Leaving Certificate Examination, 1909
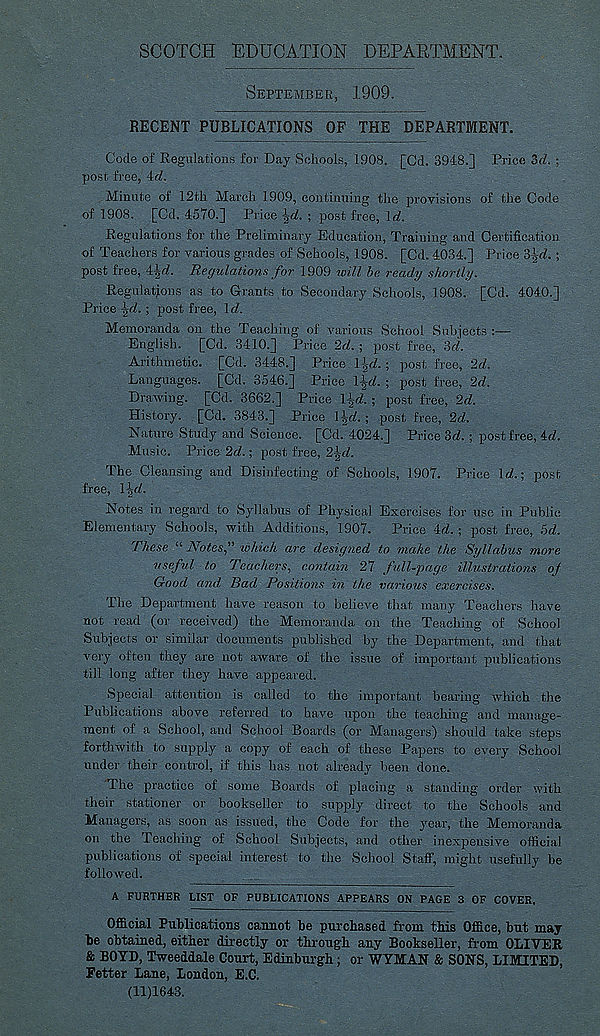
SCOTCH EDUCATION DEPARTMENT.
SEPTEMBER, 1909.
RECENT PUBLICATIONS OF THE DEPARTMENT.
Code of Regulations for Day Schools, 1908. [Cd. 3948.] Price Zd. j
post free, 4rf.
Minute of 12tb. March 1909, continuing the provisions of the Code
of 1908. [Cd. 4570.] Price \d. ; post free, \d.
Regulations for the Preliminary Education, Training and Certification
of Teachers for various grades of Schools, 1908. [Cd. 4034.] Price 3[rf. ;
post free, i\d. Regulations for 1909 will be ready shortly.
Regulations as to Grants to Secondary Schools, 1908. [Cd. 4040.]
Price \d. ; post free, 1 d.
Memoranda on the Teaching of various School Subjects :—
English. [Cd. 3410.] Price 2d. ; post free, 3d.
Arithmetic. [Cd. 3448.] Price J \,d.; post free, 2d.
Languages. [Cd. 3546.] Price l\d. ■ post free, 2d.
Drawing. [Cd. 3662.] Price lie/. ; post free, 2d.
History. [Cd. 3843.] Price 1 \d. ; post free, 2d.
Nature Study and Science. [Cd. 4024.] Price 3d. ; post free, id.
Music. Price 2d.; post free, 21, d.
The Cleansing and Disinfecting of Schools, 1907. Price Id.; post
free, Igd.
Notes in regard to Syllabus of Physical Exercises for use in Public
Elementary Schools, with Additions, 1907. Price id.; post free, 5d.
These “Notes'' which are designed to make the Syllabus more
useful to Teachers, contain 27 full-page illustrations of
Good, and, Bad Positions in the various exercises.
The Department have reason to believe that many Teachers have
not read (or received) the Memoranda on the Teaching of School
Subjects or similar documents published by the Department, and that
very often they are not aware of the issue of important publications
till long after they have appeared.
Special attention is called to the important bearing which the
Publications above referred to have upon the teaching and manage-
ment of a School, and School Boards (or Managers) should take steps
forthwith to supply a copy of each of these Papers to every School
under their control, if this has not already been done.
The practice of some Boards of placing a standing order with
their stationer or bookseller to supply direct to the Schools and
Managers, as soon as issued, the Code for the year, the Memoranda
on the Teaching of School Subjects, and other inexpensive official
publications of special interest to the School Staff, might usefully be
followed.
A FURTHER LIST OF PUBLICATIONS APPEARS ON PAGE 3 OF COVER,
Official Publications cannot be purchased from this Office, but may
be obtained, either directly or through any Bookseller, from OLIVER
& BOYD, Tweeddale Court, Edinburgh ; or WYMAN & SONS, LIMITED,
Fetter Lane, London, E.C.
(11)1643.